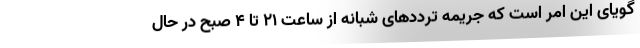
گویای این امر است که جریمه ترددهای شبانه از ساعت ۲۱ تا ۴ صبح در حال